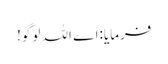
فرمایا:اے اللہ لوگو!